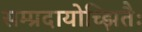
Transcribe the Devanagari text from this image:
सम्प्रदायोच्झितैः